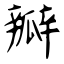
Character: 瓣